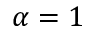
\alpha = 1